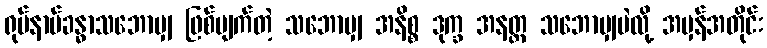
ရုပ်နာမ်ခန္ဓာသဘောမျှ ဖြစ်ပျက်တဲ့ သဘောမျှ အနိစ္စ ဒုက္ခ အနတ္တ သဘောမျှပဲလို့ အမှန်အတိုင်း